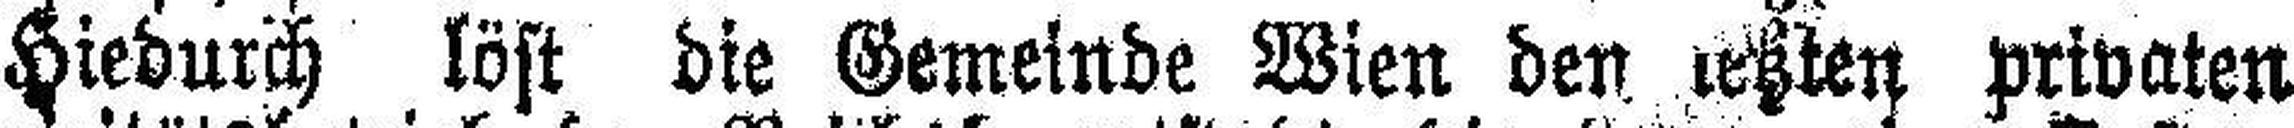
Hiedurch löst die Gemeinde Wien den letzten privaten